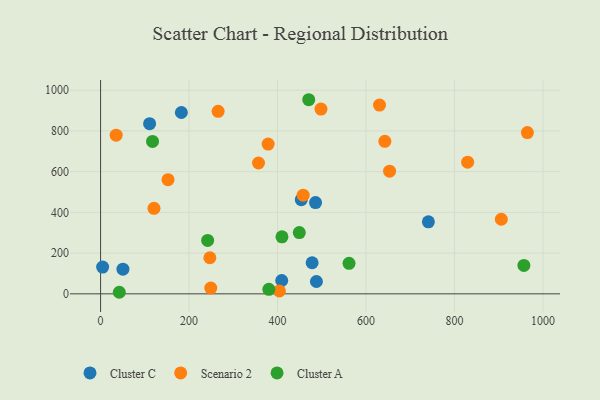
{"axis": {"x": "Distance", "y": "Exam Score"}, "legend": ["Cluster A", "Cluster C", "Scenario 2"], "data": [{"x": "453.7", "y": 462.4, "type": "Cluster C"}, {"x": "478.2", "y": 152.8, "type": "Cluster C"}, {"x": "741.0", "y": 353.6, "type": "Cluster C"}, {"x": "110.8", "y": 835.6, "type": "Cluster C"}, {"x": "409.5", "y": 65.5, "type": "Cluster C"}, {"x": "4.6", "y": 131.3, "type": "Cluster C"}, {"x": "485.9", "y": 448.1, "type": "Cluster C"}, {"x": "487.9", "y": 60.7, "type": "Cluster C"}, {"x": "50.5", "y": 121.1, "type": "Cluster C"}, {"x": "182.6", "y": 890.4, "type": "Cluster C"}, {"x": "265.7", "y": 896.1, "type": "Scenario 2"}, {"x": "249.1", "y": 28.3, "type": "Scenario 2"}, {"x": "964.8", "y": 791.9, "type": "Scenario 2"}, {"x": "905.9", "y": 366.4, "type": "Scenario 2"}, {"x": "378.8", "y": 735.4, "type": "Scenario 2"}, {"x": "829.8", "y": 646.7, "type": "Scenario 2"}, {"x": "498.2", "y": 907.5, "type": "Scenario 2"}, {"x": "458.0", "y": 484.7, "type": "Scenario 2"}, {"x": "120.7", "y": 419.9, "type": "Scenario 2"}, {"x": "152.4", "y": 560.6, "type": "Scenario 2"}, {"x": "247.0", "y": 177.2, "type": "Scenario 2"}, {"x": "642.6", "y": 749.0, "type": "Scenario 2"}, {"x": "653.3", "y": 602.4, "type": "Scenario 2"}, {"x": "35.2", "y": 779.3, "type": "Scenario 2"}, {"x": "630.5", "y": 926.9, "type": "Scenario 2"}, {"x": "357.0", "y": 642.6, "type": "Scenario 2"}, {"x": "404.3", "y": 14.2, "type": "Scenario 2"}, {"x": "561.6", "y": 149.7, "type": "Cluster A"}, {"x": "117.4", "y": 748.2, "type": "Cluster A"}, {"x": "380.4", "y": 22.2, "type": "Cluster A"}, {"x": "470.5", "y": 953.2, "type": "Cluster A"}, {"x": "956.9", "y": 139.7, "type": "Cluster A"}, {"x": "42.3", "y": 7.7, "type": "Cluster A"}, {"x": "242.0", "y": 262.3, "type": "Cluster A"}, {"x": "449.2", "y": 301.0, "type": "Cluster A"}, {"x": "410.0", "y": 279.8, "type": "Cluster A"}]}